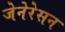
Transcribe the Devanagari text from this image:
जेनेरेसन